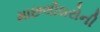
માછલીઘરોની